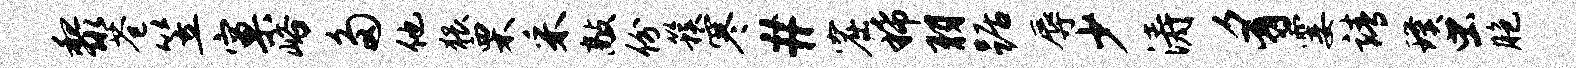
黎苍笠窠峪多他猥栗采敲份簇寒#窟稀羽踞辱少涛豸霎靖璞虫胞